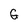
Character: G